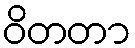
ဝိတတာ